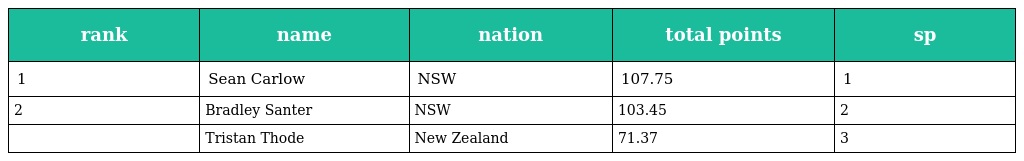
| rank | name | nation | total points | sp |
 | --- | --- | --- | --- | --- |
 | 1 | Sean Carlow | NSW | 107.75 | 1 |
 | 2 | Bradley Santer | NSW | 103.45 | 2 |
 |  | Tristan Thode | New Zealand | 71.37 | 3 |